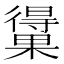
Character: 𰙃